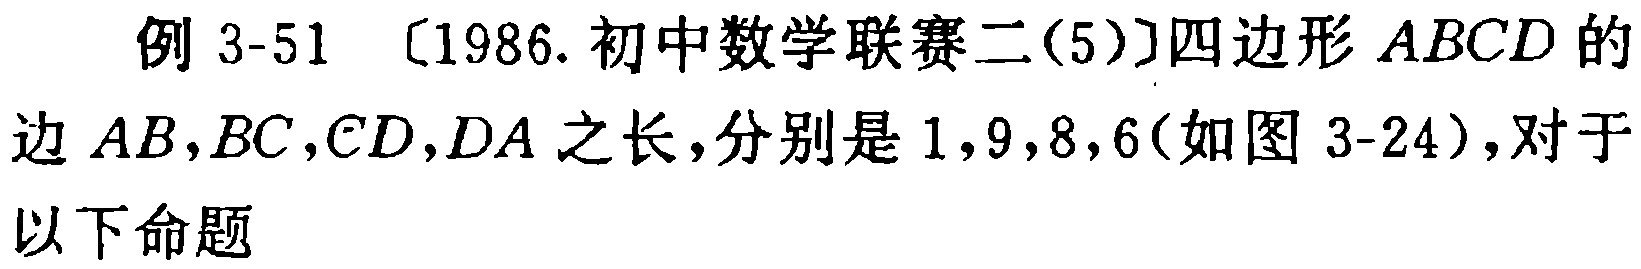
例 3-51 〔1986.初中数学联赛二(5)〕四边形 \(ABCD\) 的边 \(AB,BC,CD,DA\) 之长，分别是 \(1,9,8,6\)(如图 3-24)，对于以下命题